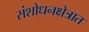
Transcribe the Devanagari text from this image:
संशोधनक्षेत्रात